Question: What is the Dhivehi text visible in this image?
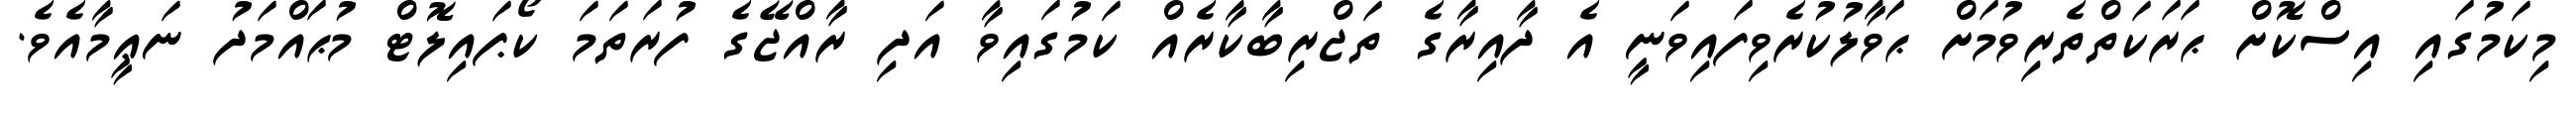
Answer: މިކަމުގައި އިސްކޮށް ޙަރަކަތްތެރިވުމަށް ޙަވާލުކުރެވިފައިވަނީ އެ ދާއިރާގެ ތަޖްރިބާކާރެއް ކަމުގައިވާ އަދި ރާއްޖޭގެ ފުރަތަމަ ކޯޕައިލޮޓް މުޙައްމަދު ނަޢީމާއެވެ.